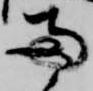
両